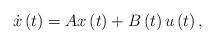
LaTeX: \begin{align*}\dot{x}\left(t\right)=Ax\left(t\right)+B\left(t\right)u\left(t\right),\end{align*}